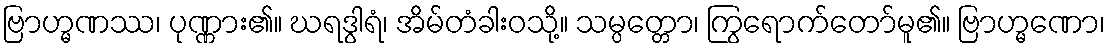
ဗြာဟ္မဏဿ၊ ပုဏ္ဏား၏။ ဃရဒွါရံ၊ အိမ်တံခါးဝသို့။ သမ္ပတ္တော၊ ကြွရောက်တော်မူ၏။ ဗြာဟ္မဏော၊